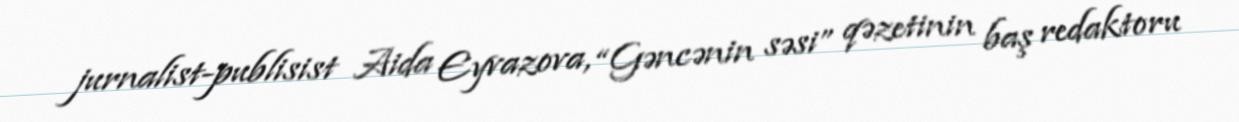
jurnalist-publisist Aida Eyvazova, “Gəncənin səsi” qəzetinin baş redaktoru